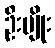
ဦးမျိုး